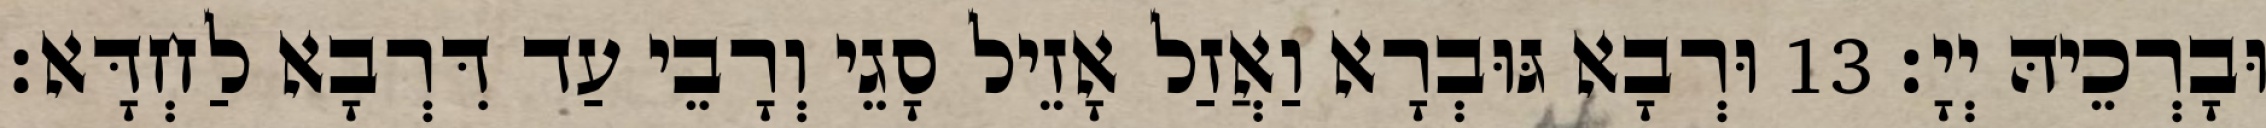
וּבָרְכֵיהּ יְיָ׃ 13 וּרְבָא גּוּבְרָא וַאֲזַל אָזֵיל סָגֵי וְרָבֵי עַד דִּרְבָא לַחְדָּא׃